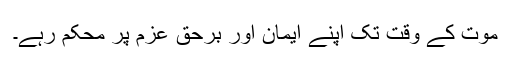
موت کے وقت تک اپنے ایمان اور برحق عزم پر محکم رہے۔